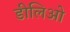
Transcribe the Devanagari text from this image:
डीलिओ